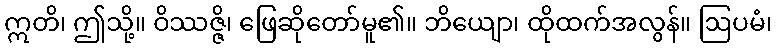
ဣတိ၊ ဤသို့။ ဝိဿဇ္ဇိ၊ ဖြေဆိုတော်မူ၏။ ဘိယျော၊ ထိုထက်အလွန်။ ဩပမံ၊